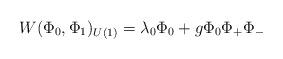
LaTeX: \begin{align*}W(\Phi_0,\Phi_1)_{U(1)} = \lambda_0\Phi_0 + g\Phi_0 \Phi_+ \Phi_-\end{align*}